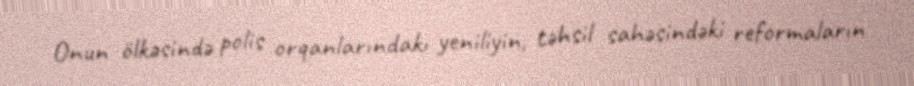
Onun ölkəsində polis orqanlarındakı yeniliyin, təhsil sahəsindəki reformaların